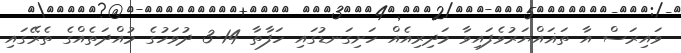
ވައިރަސް އާ ތަޣައްޔަރުވެފައިވާ މަދިރިއެއް ހަށިގަނޑުގައި ހަފާތާ 14-3 ދުވަހުގެ މުއްދަތެއްގެ ތެރޭގައި